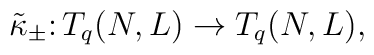
\tilde\kappa_\pm\colon T_q(N,L)\rightarrow T_q(N,L),